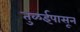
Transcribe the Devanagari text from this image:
तुळईपासून